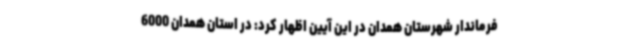
فرماندار شهرستان همدان در این آیین اظهار کرد: در استان همدان 6000